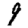
Digit: 9